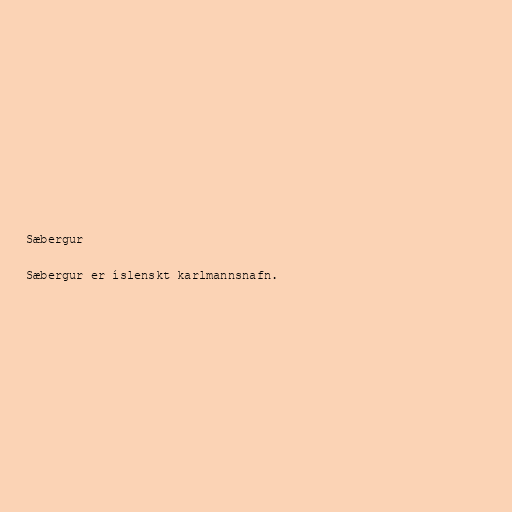
Sæbergur

Sæbergur er íslenskt karlmannsnafn.